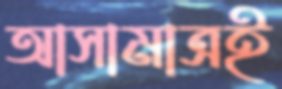
আসামাত্রই